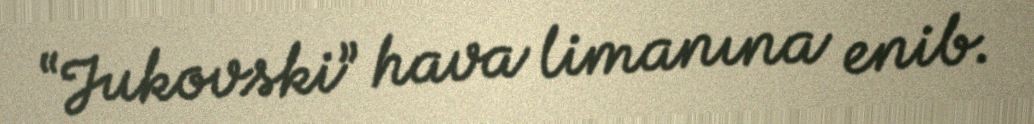
“Jukovski” hava limanına enib.